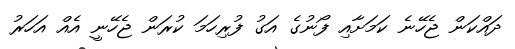
ދައްކަން ޖެހޭނެ ކަމަށާއި ފޯނުގެ އަގު ފުރިހަމަ ކުރަން ޖެހޭނީ އެއް އަހަރު